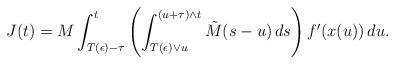
LaTeX: \begin{align*}J(t)&=M\int_{T(\epsilon)-\tau}^t \left(\int_{T(\epsilon)\vee u}^{(u+\tau)\wedge t} \tilde{M}(s-u)\,ds\right) f'(x(u))\,du.\end{align*}